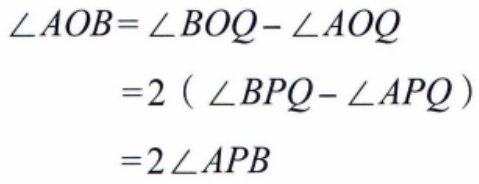
\[\begin{align*}
\angle AOB&=\angle BOQ - \angle AOQ\\
&=2(\angle BPQ - \angle APQ)\\
&=2\angle APB
\end{align*}\]